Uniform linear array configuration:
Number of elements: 16
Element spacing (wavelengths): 0.75
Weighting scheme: uniform
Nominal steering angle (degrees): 45
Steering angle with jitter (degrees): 46.588
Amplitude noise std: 0.05
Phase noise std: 0.05

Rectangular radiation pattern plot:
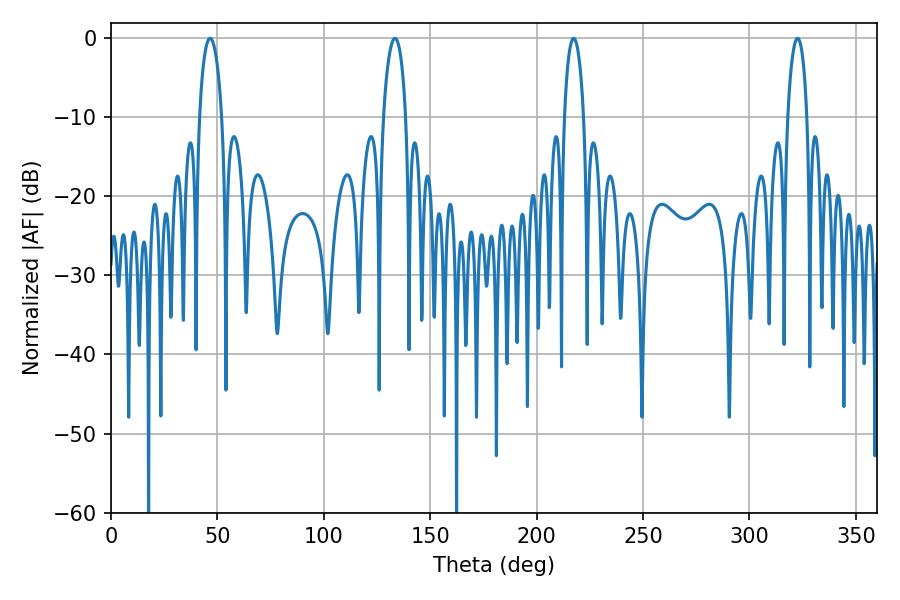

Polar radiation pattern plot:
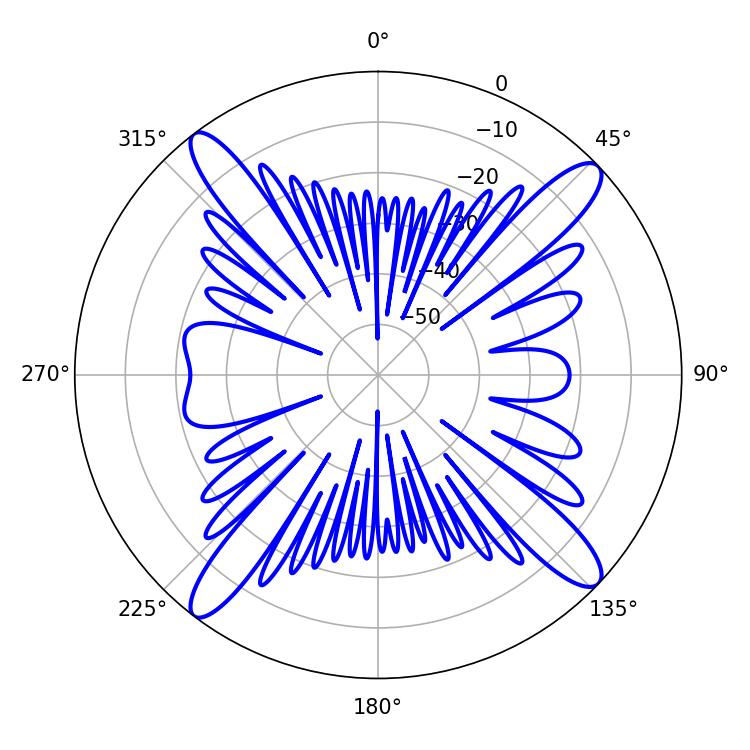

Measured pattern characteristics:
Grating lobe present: TRUE
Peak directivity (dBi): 16.246
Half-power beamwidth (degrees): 5.04
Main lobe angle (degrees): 322.56